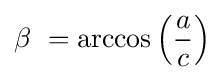
\beta \ =\arccos \left({\frac {a}{c}}\right)